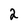
Character: 2